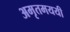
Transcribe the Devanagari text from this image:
अमृतमययी